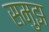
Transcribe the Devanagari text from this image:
समुझ